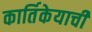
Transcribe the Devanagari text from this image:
कार्तिकेयाची